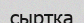
сыртка